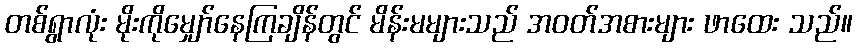
တစ်ရွာလုံး မိုးကိုမျှော်နေကြချိန်တွင် မိန်းမများသည် အဝတ်အစားများ ဖာထေး သည်။